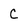
Character: C